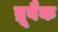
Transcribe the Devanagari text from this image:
ब्रूबैक